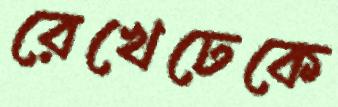
রেখেঢেকে